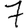
Digit: 7